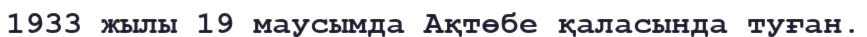
1933 жылы 19 маусымда Ақтөбе қаласында туған.